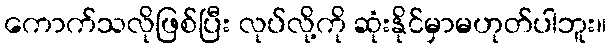
ကောက်သလိုဖြစ်ပြီး လုပ်လို့ကို ဆုံးနိုင်မှာမဟုတ်ပါဘူး။